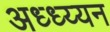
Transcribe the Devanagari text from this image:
अध्ध्य्यन